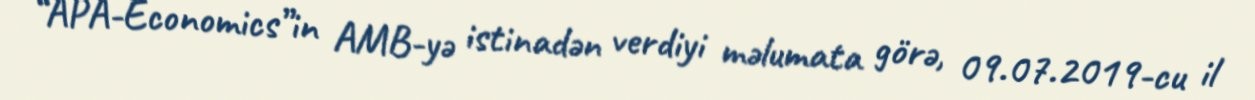
“APA-Economics”in AMB-yə istinadən verdiyi məlumata görə, 09.07.2019-cu il